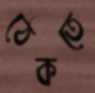
ঠেকতে